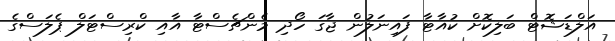
އަލްޑަޝޮޓް ބަލިކޮށް ކުއާޓާ ފައިނަލުން ޖާގަ ހޯދި މެންޗެސްޓާ އާއި ކްރިސްޓަލް ޕެލަސްގެ